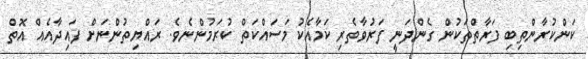
ކަންކުރާންތިބި ފަރާތްތަކުން ގެންދަނީ ފަރުވާތެރި ކަމާއެކު މަސައްކަތް ކުރަމުންނެވެ. ރައްޔިތުންނަށް ފައިދާއެއް އޮތް